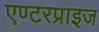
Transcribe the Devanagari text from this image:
एण्टरप्राइज